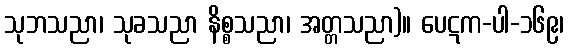
သုဘသညာ၊ သုခသညာ နိစ္စသညာ၊ အတ္တသညာ)။ ပေဋက-ပါ-၁၆၉၊